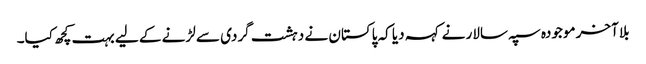
بلا آخر موجودہ سپہ سالار نے کہہ دیا کہ پاکستان نے دہشت گردی سے لڑنے کے لیے بہت کچھ کیا۔